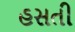
હસતી